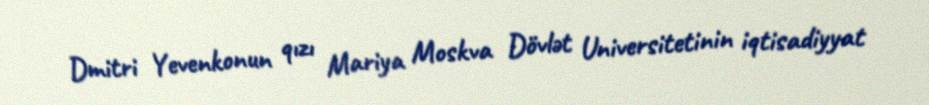
Dmitri Yevenkonun qızı Mariya Moskva Dövlət Universitetinin iqtisadiyyat